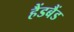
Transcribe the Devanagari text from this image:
हैंडबैंड